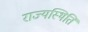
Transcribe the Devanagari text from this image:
राज्यस्थिति